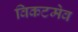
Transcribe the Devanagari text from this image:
विकटमेव